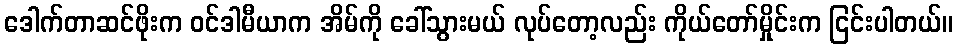
ဒေါက်တာဆင်ဖိုးက ဝင်ဒါမီယာက အိမ်ကို ခေါ်သွားမယ် လုပ်တော့လည်း ကိုယ်တော်မှိုင်းက ငြင်းပါတယ်။